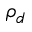
\rho _ { d }